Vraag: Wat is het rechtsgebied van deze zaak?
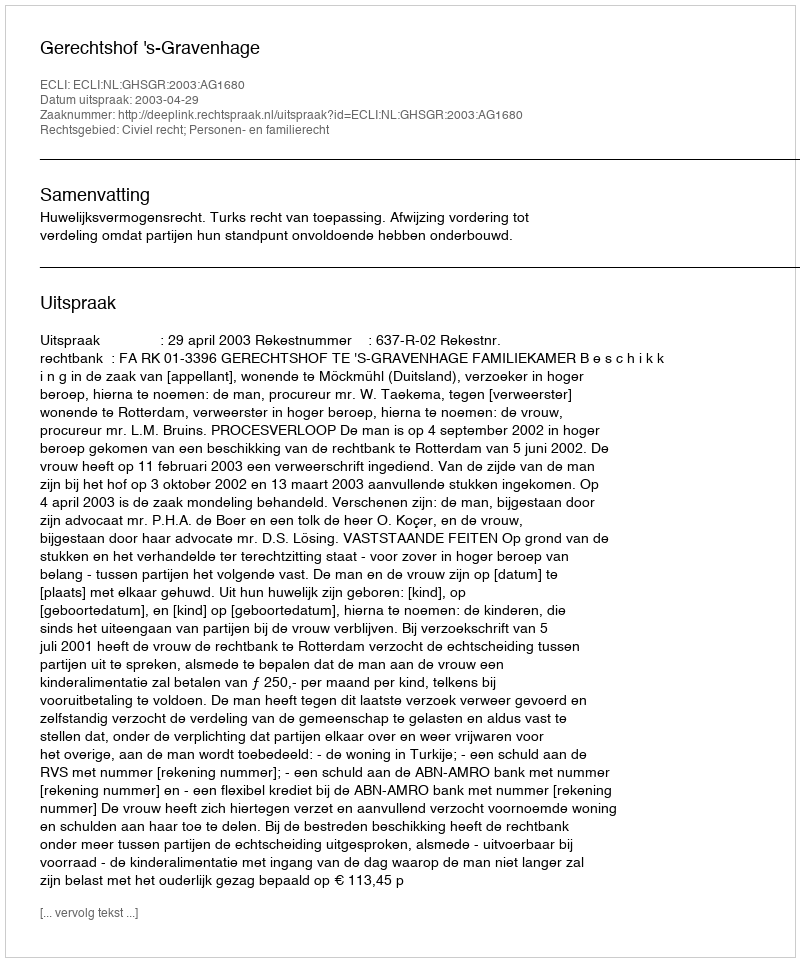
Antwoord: Civiel recht; Personen- en familierecht